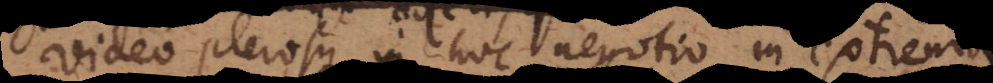
Video plerosque in hoc negotio in extrema